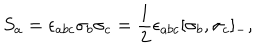
S _ { a } = \epsilon _ { a b c } \sigma _ { b } \sigma _ { c } = \frac { 1 } { 2 } \epsilon _ { a b c } [ \sigma _ { b } , \sigma _ { c } ] _ { - } ,